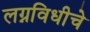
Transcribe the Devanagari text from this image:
लग्नविधीचे